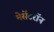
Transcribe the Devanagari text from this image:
मेसेंटरॉन